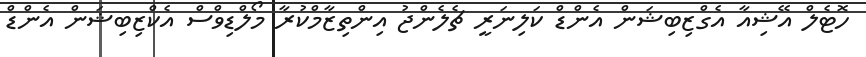
ހޮޓެލް އޭޝިއާ އެގްޒިބިޝަން އެންޑް ކަލިނަރީ ޗެލެންޖު އިންތިޒާމްކުރާ މޯލްޑިވްސް އެކްޒިބިޝަން އެންޑް